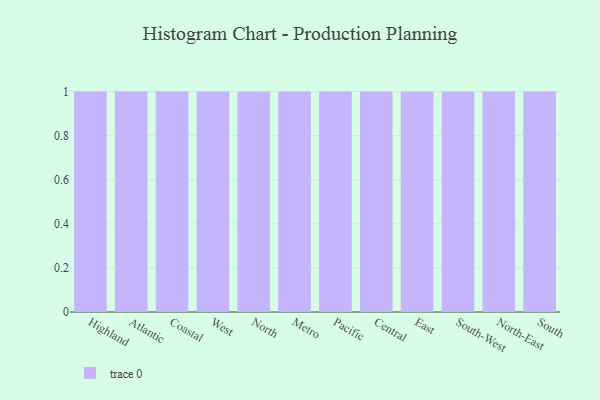
{"axis": {"x": "Region", "y": "Energy Usage (MWh)"}, "legend": [""], "data": [{"x": "Highland", "y": 78, "type": ""}, {"x": "Atlantic", "y": 24, "type": ""}, {"x": "Coastal", "y": 73, "type": ""}, {"x": "West", "y": 3, "type": ""}, {"x": "North", "y": 40, "type": ""}, {"x": "Metro", "y": 46, "type": ""}, {"x": "Pacific", "y": 2, "type": ""}, {"x": "Central", "y": 89, "type": ""}, {"x": "East", "y": 74, "type": ""}, {"x": "South-West", "y": 95, "type": ""}, {"x": "North-East", "y": 82, "type": ""}, {"x": "South", "y": 8, "type": ""}]}